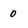
Character: 0